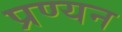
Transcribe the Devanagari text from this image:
प्रण्यन